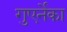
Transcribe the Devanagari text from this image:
गुएर्नेका